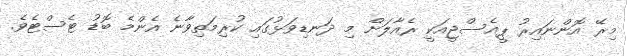
މިރޭ އޮންނައިރު ޕީއެސްޖީއަކީ ރެއާލަށް މި ދަނޑިވަޅުގައި ކުރިމަތިވާނެ އެންމެ ބޮޑު ޓެސްޓެވެ.